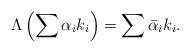
LaTeX: \begin{align*}\Lambda\left( \sum\alpha_{i}k_{i}\right) =\sum\bar{\alpha}_{i}k_{i}.\end{align*}